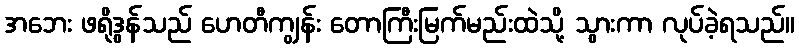
အဘေး ဖရိုဒွန်သည် ဟေတီကျွန်း တောကြီးမြက်မည်းထဲသို့ သွားကာ လုပ်ခဲ့ရသည်။